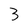
Character: 3